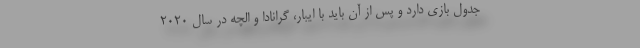
جدول بازی دارد و پس از آن باید با ایبار، گرانادا و الچه در سال 2020